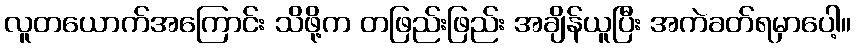
လူတယောက်အကြောင်း သိဖို့က တဖြည်းဖြည်း အချိန်ယူပြီး အကဲခတ်ရမှာပေါ့။